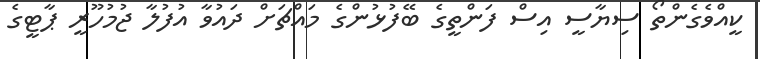
ކީއްވެގެންތޯ ސިޔާސީ އިސް ފަންތީގެ ބޭފުޅުންގެ މައްޗަށް ދައުވާ އުފުލާ ޖުމުހޫރީ ޕާޓީގެ